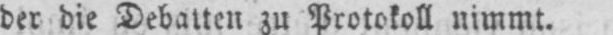
der die Debatten zu Protokoll nimmt.